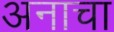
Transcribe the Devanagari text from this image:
अनाचा